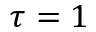
\tau = 1